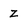
Character: Z